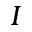
I